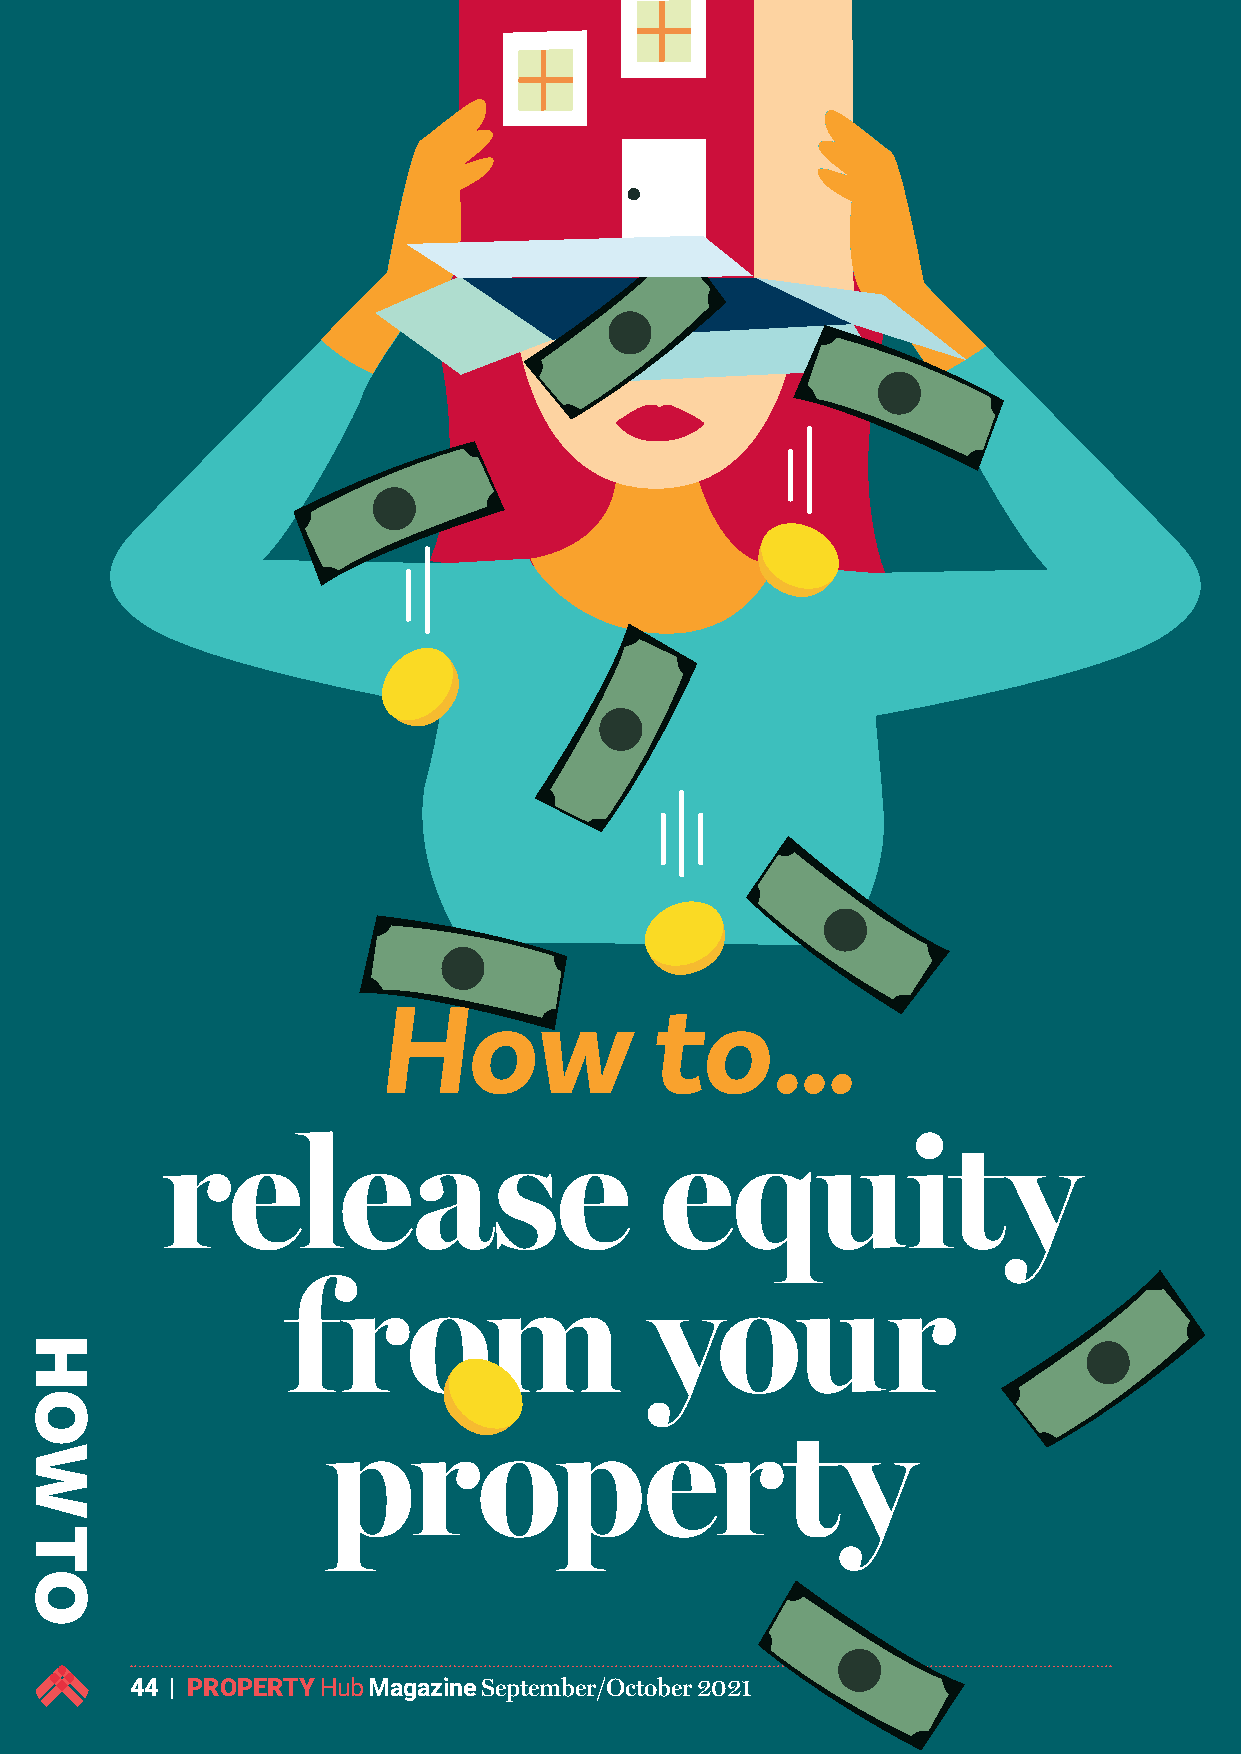
How               to…
 release                          equity
 from                    your
 property
 44 | PROPERTY Hub Magazine September/October 2021
 HOW
 TO